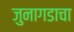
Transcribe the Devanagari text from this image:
जुनागडाचा